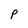
Character: P